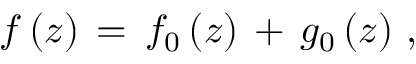
f \, ( z ) \, = \, f _ { 0 } \, ( z ) \, + \, g _ { 0 } \, ( z ) \, \, ,